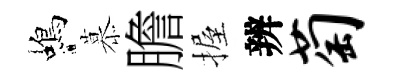
蝎慕膽握辨萄